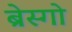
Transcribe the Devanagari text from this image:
ब्रेस्गो